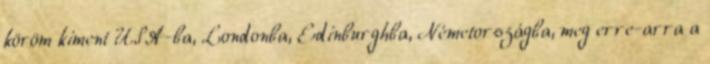
köröm kiment USA-ba, Londonba, Edinburghba, Németországba, meg erre-arra a